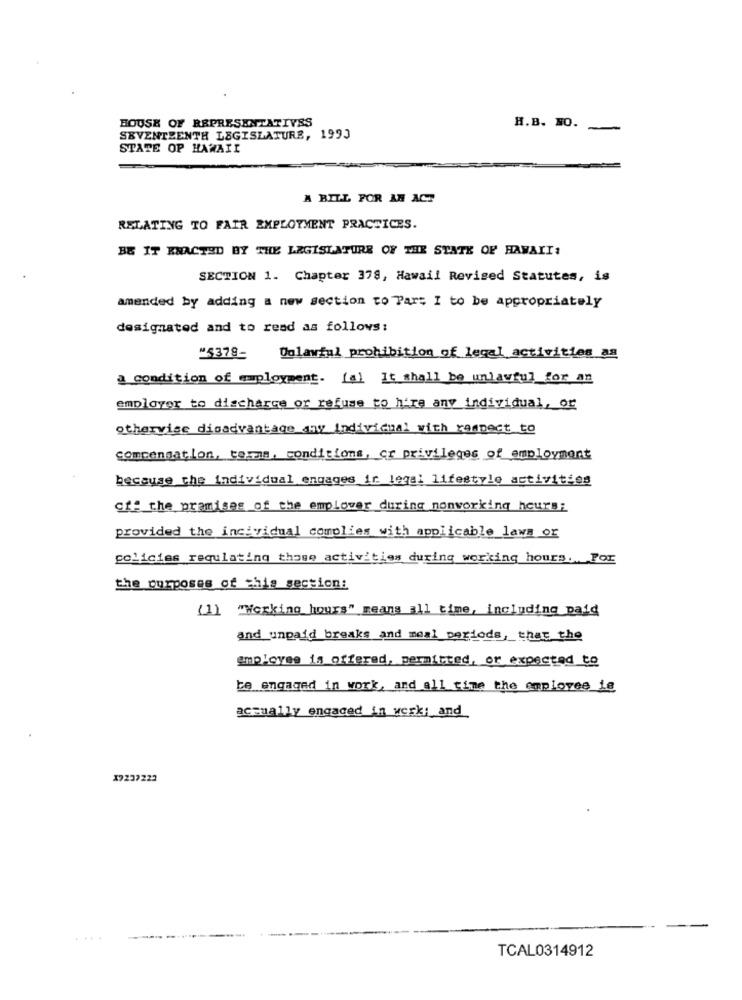
HOUSE OF REPRESENTATIVES
H.B. NO.
-
SEVENTEENTH LEGISLATURE, 1993
STATE OF HAWAII
A BILL FOR AN ACT
RELATING TO FAIR EMPLOYMENT PRACTICES.
BE IT KNACTED BY THE LEGISLATURE OF THE STATE OF HAWAII:
SECTION 1. Chapter 378, Hawaii Revised Statutes, is
amended by adding a new section to Part I to be appropriately
designated and to read as follows:
"5378-
Dolawful prohibition of legal activities as
@ condition of employment. (a) It shall be unlawful for an
employer to discharge or refuse to hire any individual, or
othervise disadvantage any individual with rampect to
compensation, termas, conditions, or privileges of employment
because the individual engages ir legal lifestyle activities
of" the premises of the emplover during nonworking hours;
provided the incividual complies with applicable laws or
policies requlating those activities during working hours. For
the purposes of this section:
(1) "Working hours" means all time, including paid
and unpaid breaks and meal periods, that the
employee is offered, permitted, or expected to
be engaged in work, and all time the employee ie
actually engaged in werk; and
X9237222
TCAL0314912